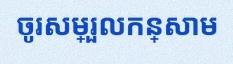
ចូរសម្រួលកន្សោម